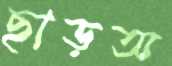
ছাড়অ